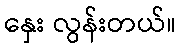
နှေး လွန်းတယ်။